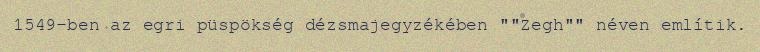
1549-ben az egri püspökség dézsmajegyzékében ""Zegh"" néven említik.